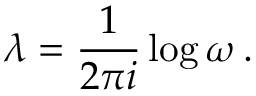
\lambda = \frac { 1 } { 2 \pi i } \log { \omega } \, .